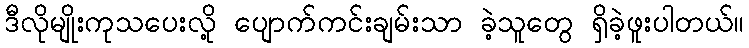
ဒီလိုမျိုးကုသပေးလို့ ပျောက်ကင်းချမ်းသာ ခဲ့သူတွေ ရှိခဲ့ဖူးပါတယ်။